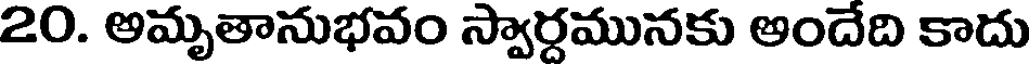
20. అమృతానుభవం స్వార్ధమునకు అందేది కాదు